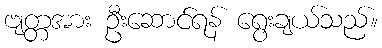
ဗျတ္တအား ဦးဆောင်ရန် ရွေးချယ်သည်။